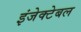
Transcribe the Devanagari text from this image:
इंजेक्टेबल